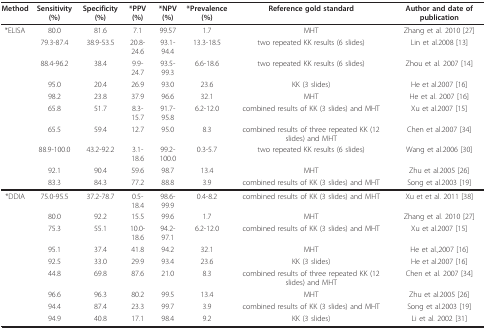
<table><thead><tr><td><b>Method</b></td><td><b>Sensitivity (%)</b></td><td><b>Specificity (%)</b></td><td><b>*PPV(%)</b></td><td><b>*NPV(%)</b></td><td><b>*Prevalence(%)</b></td><td><b>Reference gold standard</b></td><td><b>Author and date of publication</b></td></tr></thead><tbody><tr><td>*ELISA</td><td>80.0</td><td>81.6</td><td>7.1</td><td>99.57</td><td>1.7</td><td>MHT</td><td>Zhang et al. 2010 [27]</td></tr><tr><td></td><td>79.3-87.4</td><td>38.9-53.5</td><td>20.8-24.6</td><td>93.1-94.4</td><td>13.3-18.5</td><td>two repeated KK results (6 slides)</td><td>Lin et al.2008 [13]</td></tr><tr><td></td><td>88.4-96.2</td><td>38.4</td><td>9.9-24.7</td><td>93.5-99.3</td><td>6.6-18.6</td><td>two repeated KK results (6 slides)</td><td>Zhou et al. 2007 [14]</td></tr><tr><td></td><td>95.0</td><td>20.4</td><td>26.9</td><td>93.0</td><td>23.6</td><td>KK (3 slides)</td><td>He et al.2007 [16]</td></tr><tr><td></td><td>98.2</td><td>23.8</td><td>37.9</td><td>96.6</td><td>32.1</td><td>MHT</td><td>He et al. 2007 [16]</td></tr><tr><td></td><td>65.8</td><td>51.7</td><td>8.3-15.7</td><td>91.7-95.8</td><td>6.2-12.0</td><td>combined results of KK (3 slides) and MHT</td><td>Xu et al.2007 [15]</td></tr><tr><td></td><td>65.5</td><td>59.4</td><td>12.7</td><td>95.0</td><td>8.3</td><td>combined results of three repeated KK (12 slides) and MHT</td><td>Chen et al.2007 [34]</td></tr><tr><td></td><td>88.9-100.0</td><td>43.2-92.2</td><td>3.1-18.6</td><td>99.2-100.0</td><td>0.3-5.7</td><td>two repeated KK results (6 slides)</td><td>Wang et al.2006 [30]</td></tr><tr><td></td><td>92.1</td><td>90.4</td><td>59.6</td><td>98.7</td><td>13.4</td><td>MHT</td><td>Zhu et al.2005 [26]</td></tr><tr><td></td><td>83.3</td><td>84.3</td><td>77.2</td><td>88.8</td><td>3.9</td><td>combined results of KK (3 slides) and MHT</td><td>Song et al.2003 [19]</td></tr><tr><td>*DDIA</td><td>75.0-95.5</td><td>37.2-78.7</td><td>0.5-18.4</td><td>98.6-99.9</td><td>0.4-8.2</td><td>combined results of KK (3 slides) and MHT</td><td>Xu et et al. 2011 [38]</td></tr><tr><td></td><td>80.0</td><td>92.2</td><td>15.5</td><td>99.6</td><td>1.7</td><td>MHT</td><td>Zhang et al. 2010 [27]</td></tr><tr><td></td><td>75.3</td><td>55.1</td><td>10.0-18.6</td><td>94.2-97.1</td><td>6.2-12.0</td><td>combined results of KK (3 slides) and MHT</td><td>Xu et al.2007 [15]</td></tr><tr><td></td><td>95.1</td><td>37.4</td><td>41.8</td><td>94.2</td><td>32.1</td><td>MHT</td><td>He et al.,2007 [16]</td></tr><tr><td></td><td>92.5</td><td>33.0</td><td>29.9</td><td>93.4</td><td>23.6</td><td>KK (3 slides)</td><td>He et al.2007 [16]</td></tr><tr><td></td><td>44.8</td><td>69.8</td><td>87.6</td><td>21.0</td><td>8.3</td><td>combined results of three repeated KK (12 slides) and MHT</td><td>Chen et al. 2007 [34]</td></tr><tr><td></td><td>96.6</td><td>96.3</td><td>80.2</td><td>99.5</td><td>13.4</td><td>MHT</td><td>Zhu et al.2005 [26]</td></tr><tr><td></td><td>94.4</td><td>87.4</td><td>23.3</td><td>99.7</td><td>3.9</td><td>combined results of KK (3 slides) and MHT</td><td>Song et al.2003 [19]</td></tr><tr><td></td><td>94.9</td><td>40.8</td><td>17.1</td><td>98.4</td><td>9.2</td><td>KK (3 slides)</td><td>Li et al. 2002 [31]</td></tr></tbody></table>